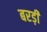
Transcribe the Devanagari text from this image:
बरड़ी